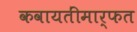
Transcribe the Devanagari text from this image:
कवायतींमार्फत